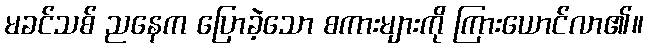
မခင်သစ် ညနေက ပြောခဲ့သော စကားများကို ကြားယောင်လာ၏။